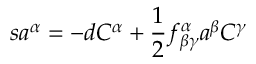
s a ^ { \alpha } = - d C ^ { \alpha } + \frac { 1 } { 2 } f _ { \beta \gamma } ^ { \alpha } a ^ { \beta } C ^ { \gamma }